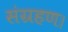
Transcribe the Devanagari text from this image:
संग्रहण।